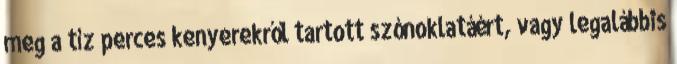
meg a tíz perces kenyerekről tartott szónoklatáért, vagy legalábbis